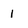
Character: 1